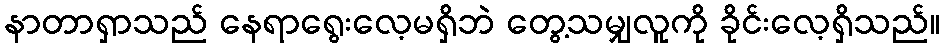
နာတာရှာသည် နေရာရွေးလေ့မရှိဘဲ တွေ့သမျှလူကို ခိုင်းလေ့ရှိသည်။